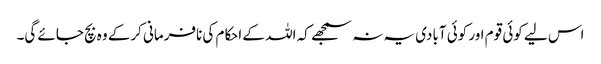
اس لیے کوئی قوم اور کوئی آبادی یہ نہ سمجھے کہ اللہ کے احکام کی نافرمانی کرکے وہ بچ جائے گی۔